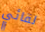
لقائي